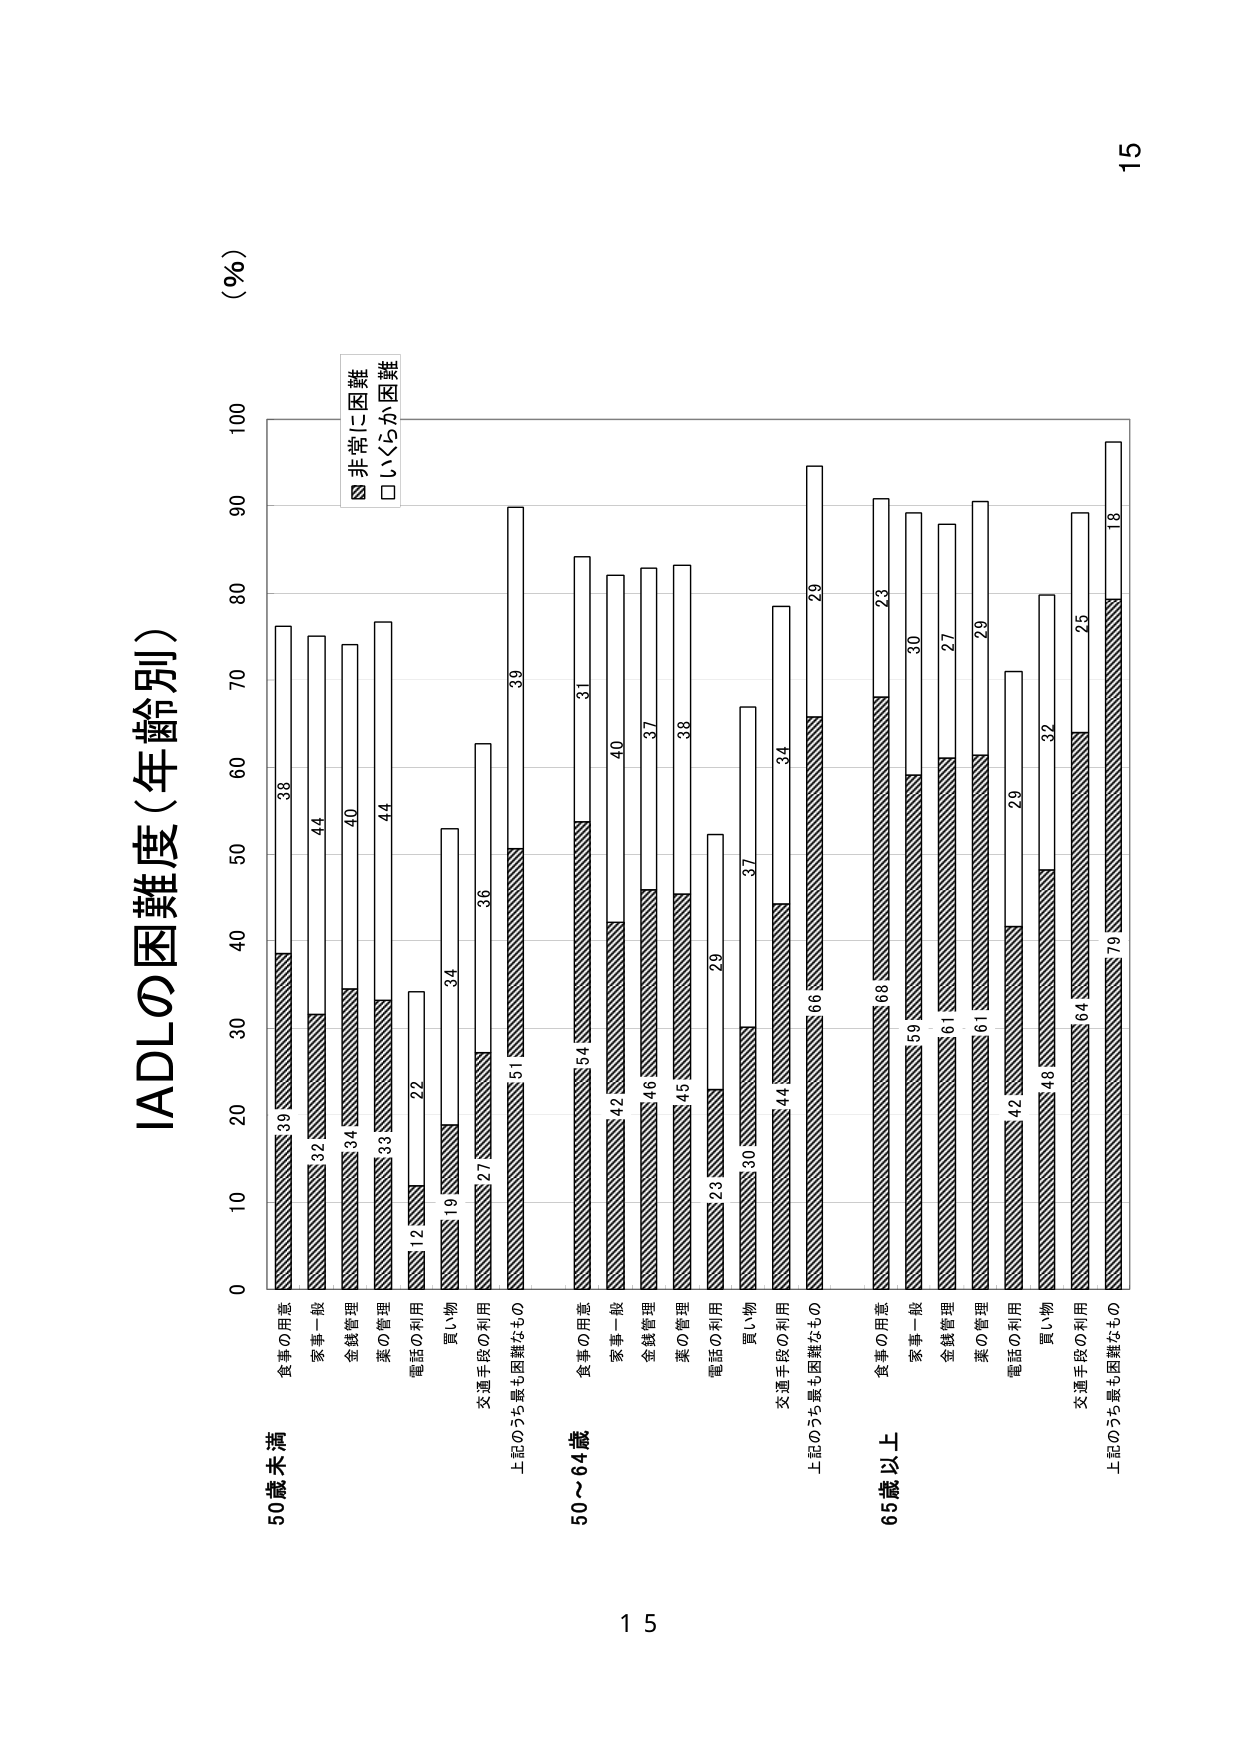
IADLの困難度（年齢別）

（％）

50歳未満
食事の用意 39 38
家事一般 32 44
金銭管理 34 40
薬の管理 33 44
電話の利用 12 22
買い物 19 34
交通手段の利用 27 36
上記のうち最も困難なもの 51 39

50～64歳
食事の用意 54 31
家事一般 42 40
金銭管理 46 37
薬の管理 45 38
電話の利用 23 29
買い物 30 37
交通手段の利用 44 34
上記のうち最も困難なもの 66 29

65歳以上
食事の用意 68 23
家事一般 59 30
金銭管理 61 27
薬の管理 61 29
電話の利用 42 29
買い物 48 32
交通手段の利用 64 25
上記のうち最も困難なもの 79 18

■非常に困難
□いくらか困難

15